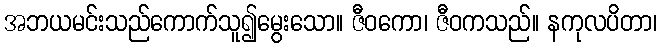
အဘယမင်းသည်ကောက်သူ၍မွေးသော။ ဇီဝကော၊ ဇီဝကသည်။ နကုလပိတာ၊